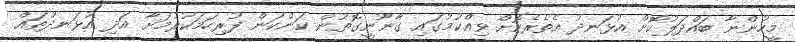
މީހުންނާ ބައްދަލުކޮށް އުޅަނދު އެތެރެކޮށް ވިއްކުމުގައި ގާނޫނީގޮތުން ކަންކަން ފުރިހަމަކުރުމަށާ އަދި އުޅަނދުތައް